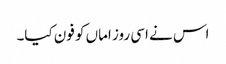
اس نے اسی روز اماں کو فون کیا۔